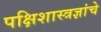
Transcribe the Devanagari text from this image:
पक्षिशास्त्रज्ञांचे